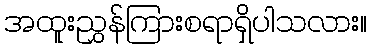
အထူးညွှန်ကြားစရာရှိပါသလား။